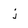
Character: j